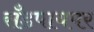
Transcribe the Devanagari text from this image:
सँडपायपर